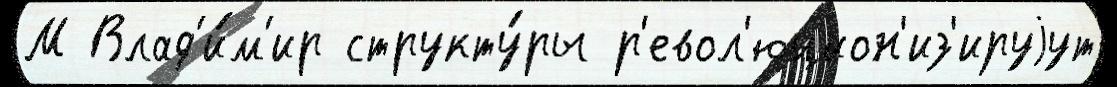
М Влад'и́м'ир структу́ры р'евол'юцион'из'ируjут